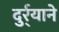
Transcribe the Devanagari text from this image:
दुर्र्याने